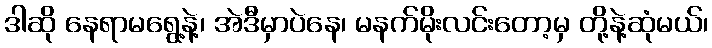
ဒါဆို နေရာမရွေ့နဲ့၊ အဲဒီမှာပဲနေ၊ မနက်မိုးလင်းတော့မှ တို့နဲ့ဆုံမယ်၊